Leaving Certificate Examination (including Day School Certificate (Higher) General paper), 1931
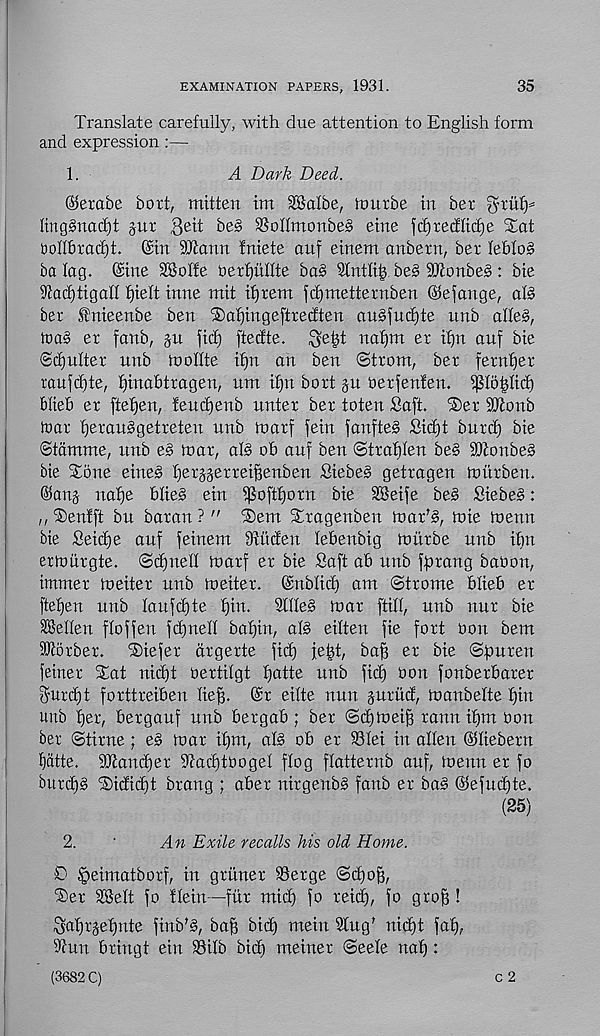
EXAMINATION PAPERS, 1931.
35
Translate carefully, with due attention to English form
and expression :—
1.
A Dark Deed.
®etabe bort, mitten im SBalbe, ttmrbe in ber ghiifp
linggnacfjt gur 3 e it
SSoHmonbeS eine fdjrecflitfje S;at
tollbrac^t. ©in SiEann fniete auf einem anbern, ber lebloS
ba lag. ©ine SSolfe t>erf)ullte ba§ Slntli^ be§ 9Eonbe§ : bie
91acf)tigan f)ielt inne mit ifjrem fdjmetternben ©efange, ate
ber tnieenbe ben ®af)inge[tredten an§fud)te unb alleS,
toaS er fanb, gtt fid) ftecfte.
nafjm er if)n anf bie
©coulter unb iuollte ifjn an ben ©trom, ber fernfier
raufcbte, fjinabtragen, urn ifjn bort ju oerfenfen. ijSloihicf)
blieb er fte^en, feudjenb nnter ber toten Saft. ®er SO^onb
tear fjerauSgetreten unb marf fein fanfte§ Sid)t burd) bie
(Stamme, unb eg mar, ate ob auf beu ©trahlen be§ SDtonbeg
bie Stone eineg ^er^erreiBenben Siebeg getragen mitrben.
©anj nafje blieg ein ipoftfjorn bie SBeife beg Siebeg:
,, ®enfft bu baran ? " ®em Stragenben marte, mie menu
bie Seidje auf feinem iRiiden lebenbig hmrbe unb ibn
ermiirgte. ©djnell hmrf er bie Saft ab unb fprang babon,
immer meiter unb meiter. ©nblid) am ©trome blieb er
ftefjen unb laufd)te f)in.
Sllleg mar [till, unb nur bie
SBetlen floffen fdjneH baf)in, ate eilten fie fort bon bem
SSRorber.
®iefer drgerte fid) fe^t, ba^ er bie ©puren
fetner Stat nid)t bertilgt fjatte unb fid) bon fonberbarer
$urd)t forttreiben Hep. ©r eilte nun juriid, manbelte pin
unb per, bergauf unb bergab; ber ©cpmeip rann ipm bon
ber ©time; eg mar ipm, ate ob er 931ei in alien ©liebern
Ifatte. Stamper iRacptbogel flog flatternb auf, menu er fo
burcpg SDidiipt brang ; aber nirgenbg fanb er bag ©efucpte.
(25)
2.
'
An Exile recalls his old Home.
0 §eimatborf, in griiner 95erge ©cpop,
®er 28elt fo tlein —fur mid) fo reicp, fo grop !
Saprjepnte finbte, bap bicp mein Slug 1 nicpt fap,
Stun bringt ein ^8ilb bicp meiner ©eele nap:
(3682 C)
c 2